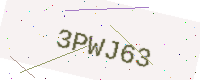
Text: 3PWJ63